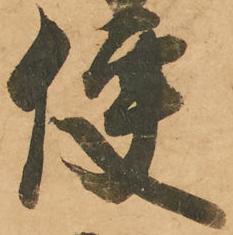
便